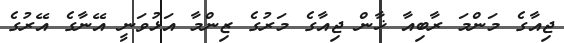
ޖިއާގެ މަންމަ ރާބިއާ ޚާން ޖިއާގެ މަރުގެ ޒިންމާ އަޅުވަނީ އޭނާގެ އޭރުގެ